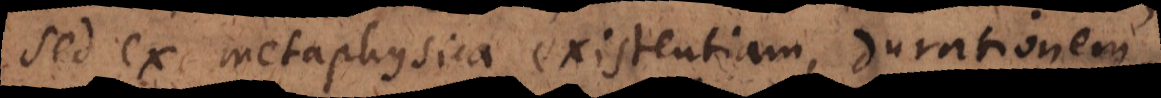
sed ex metaphysica existentiam, durationem,